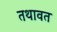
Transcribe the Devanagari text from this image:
तथावत